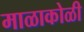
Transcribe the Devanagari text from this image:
माळाकोळी